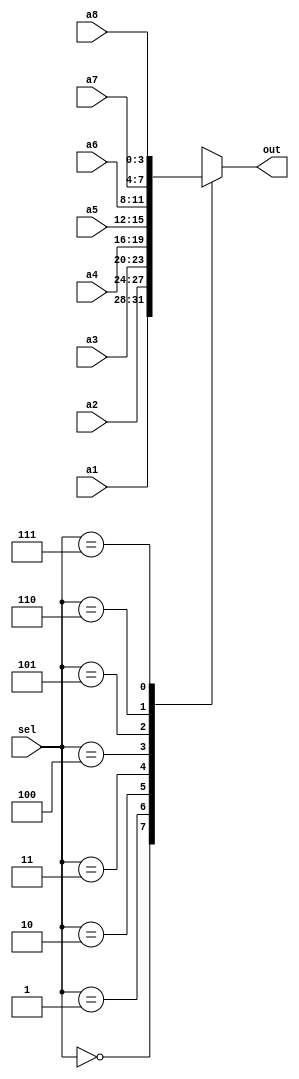
`timescale 1ns / 1ps


module mux8x1(a1,a2,a3,a4,a5,a6,a7,a8,sel,out);
input[3:0] a1,a2,a3,a4,a5,a6,a7,a8;
input[2:0] sel;
output reg [3:0] out;
always @(*)
begin
case(sel)
3'b000: out=a1;
3'b001: out=a2;
3'b010: out=a3;
3'b011: out=a4;
3'b100: out=a5;
3'b101: out=a6;
3'b110: out=a7;
3'b111: out=a8;
default: out=4'b0;
endcase
end

endmodule